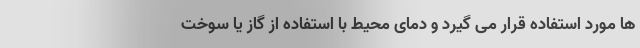
ها مورد استفاده قرار می گیرد و دمای محیط با استفاده از گاز یا سوخت